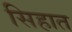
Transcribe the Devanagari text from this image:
सिहात